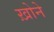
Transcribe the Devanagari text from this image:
ख़ोने